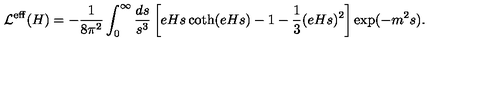
{ \cal L } ^ { \mathrm { e f f } } ( H ) = - \frac { 1 } { 8 \pi ^ { 2 } } \int _ { 0 } ^ { \infty } \frac { d s } { s ^ { 3 } } \left[ e H s \coth ( e H s ) - 1 - \frac 1 3 ( e H s ) ^ { 2 } \right] \exp ( - m ^ { 2 } s ) .